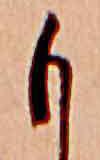
も